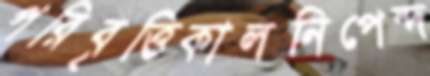
পরিবৃত্তিকালনিপেন্দ